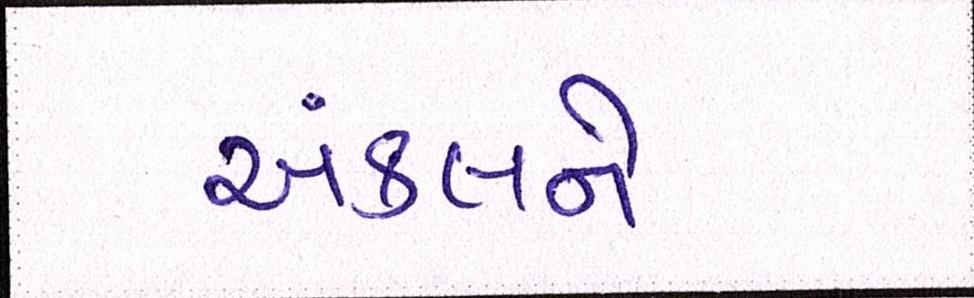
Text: અંકલને